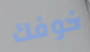
خوفك